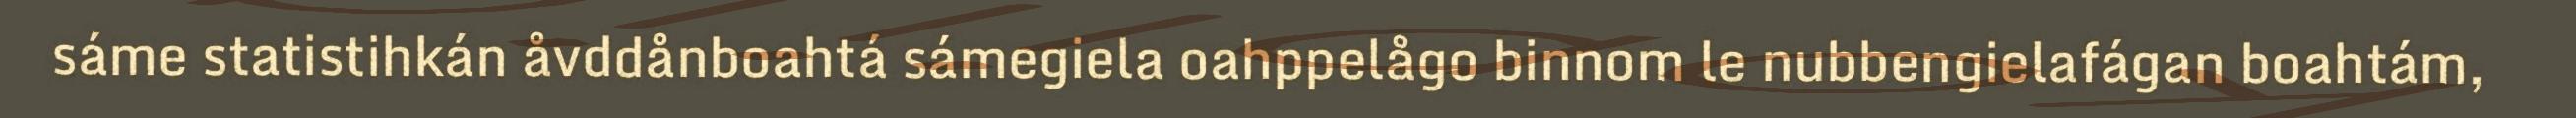
sáme statistihkán åvddånboahtá sámegiela oahppelågo binnom le nubbengielafágan boahtám,